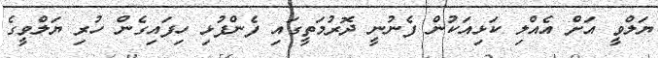
ޔަލްވީ އަށް އެއްލި ކަޅިއަކުން ފެނުނީ ދޮރުމަތީގައި ފެންފުޅި ހިފައިގެން ހުރި ޔަލްވީގެ